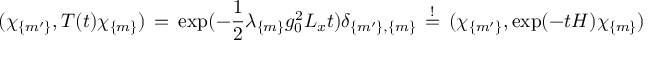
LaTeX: ( \chi _ { \{ m ^ { \prime } \} } , T ( t ) \chi _ { \{ m \} } ) \, = \, \exp ( - \frac { 1 } { 2 } \lambda _ { \{ m \} } g _ { 0 } ^ { 2 } L _ { x } t ) \delta _ { \{ m ^ { \prime } \} , \{ m \} } \, \stackrel { ! } { = } \, ( \chi _ { \{ m ^ { \prime } \} } , \exp ( - t H ) \chi _ { \{ m \} } )